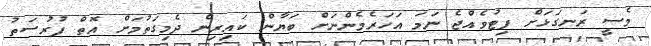
މެސީ ރަނގަޅަށް ފިޓުވެއްޖެ ނަމަ އަހަރެމެންނަށް ބަޔާން ކައިރިން ދެމިގަތުމަށް އޮތް ފުރުސަތު